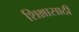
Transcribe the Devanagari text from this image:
शिश्नासाठी